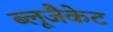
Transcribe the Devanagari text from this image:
ब्लूजैकेट